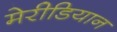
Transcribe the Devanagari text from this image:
मेरीडियान